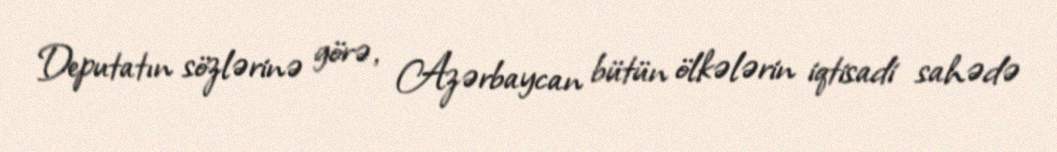
Deputatın sözlərinə görə, Azərbaycan bütün ölkələrin iqtisadi sahədə